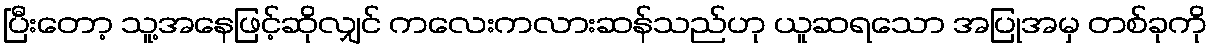
ပြီးတော့ သူ့အနေဖြင့်ဆိုလျှင် ကလေးကလားဆန်သည်ဟု ယူဆရသော အပြုအမှ တစ်ခုကို